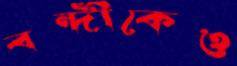
বন্দীকেও